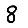
Digit: 8